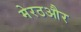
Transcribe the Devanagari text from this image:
मेरठऔर